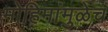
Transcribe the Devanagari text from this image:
मोहिमांमुळेच